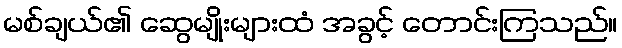
မစ်ချယ်၏ ဆွေမျိုးများထံ အခွင့် တောင်းကြသည်။